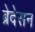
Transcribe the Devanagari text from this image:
ब्रेदेसन